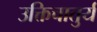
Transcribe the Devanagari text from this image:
उक्तिचातुर्य